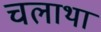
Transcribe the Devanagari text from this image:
चलाथा